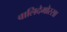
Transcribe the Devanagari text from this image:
वालिदेमोस्सा